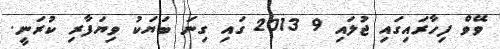
ވޭވް ފިހާރައިގައި ޖުލައި 9 2013 ގައި ގިނަ ބަޔަކު ވިޔަފާރި ކުރަނީ.